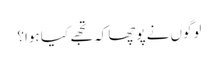
لوگوں نے پوچھا کہ تجھے کیا ہوا؟